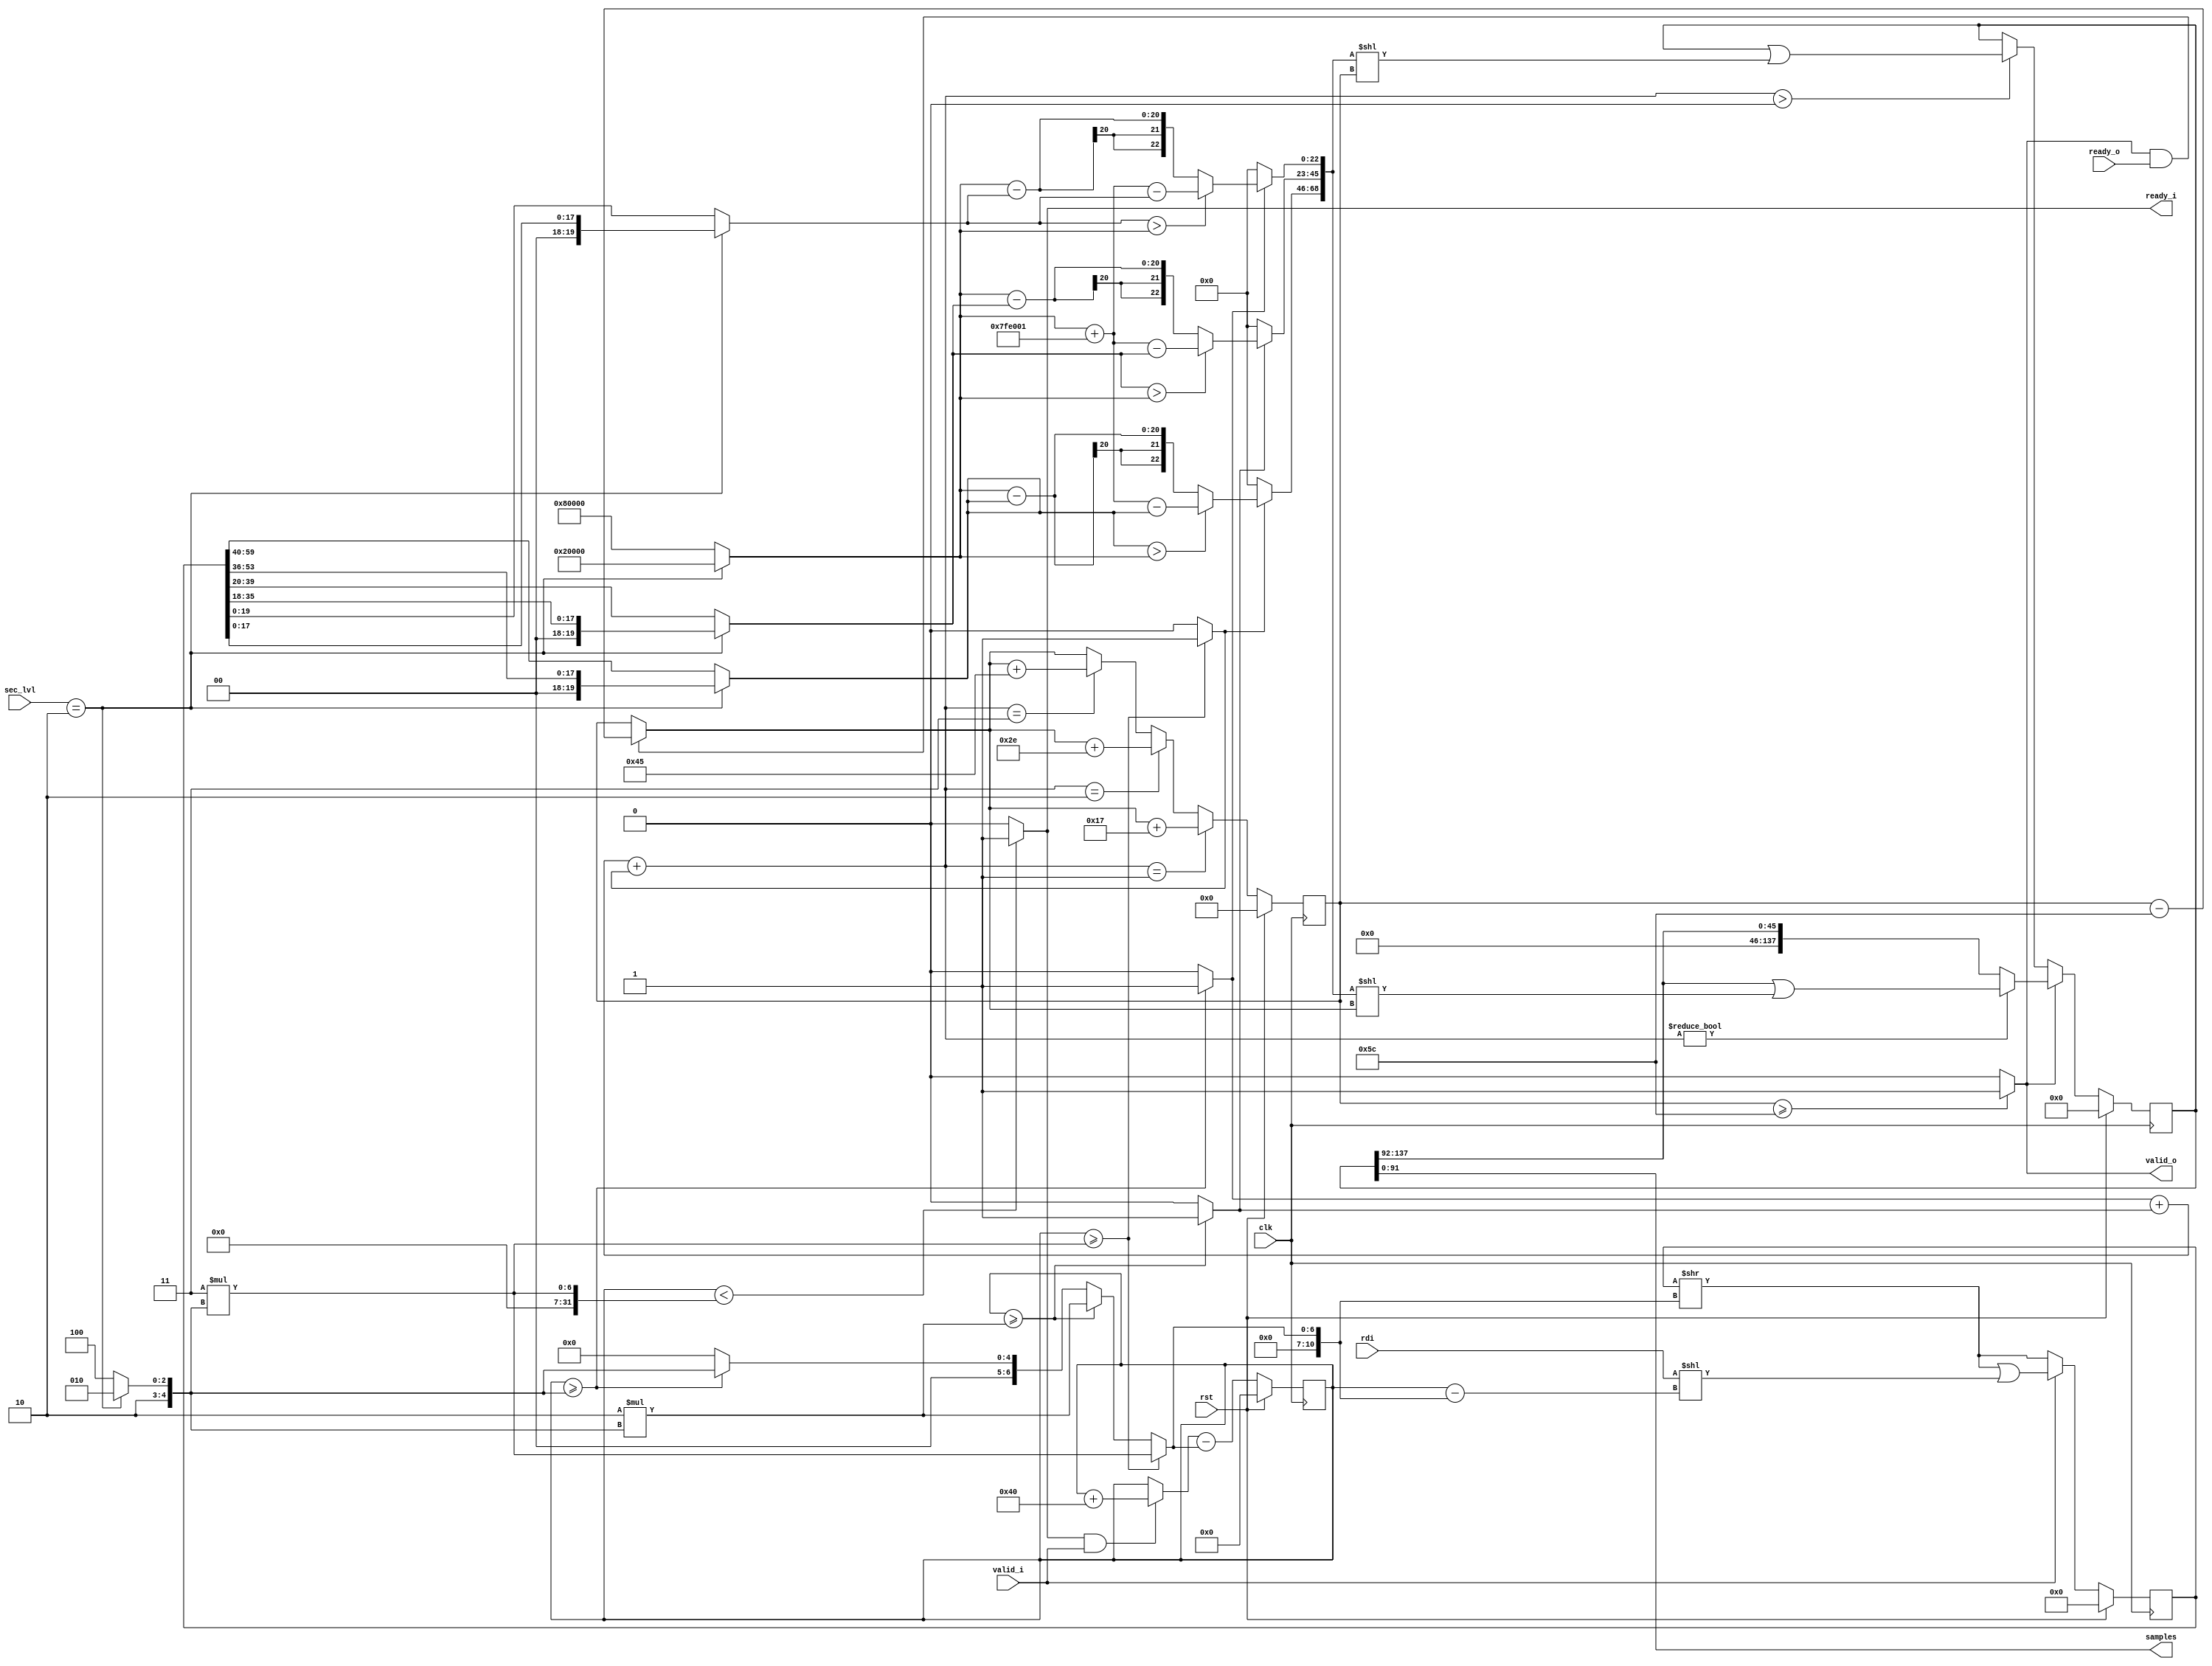
/*
 * From our research paper "High-Performance Hardware Implementation of CRYSTALS-Dilithium"
 * by Luke Beckwith, Duc Tri Nguyen, Kris Gaj
 * at George Mason University, USA
 * https://eprint.iacr.org/2021/1451.pdf
 * =============================================================================
 * Copyright (c) 2021 by Cryptographic Engineering Research Group (CERG)
 * ECE Department, George Mason University
 * Fairfax, VA, U.S.A.
 * Licensed under the Apache License, Version 2.0 (the "License");
 * you may not use this file except in compliance with the License.
 * You may obtain a copy of the License at
 *     http://www.apache.org/licenses/LICENSE-2.0
 * Unless required by applicable law or agreed to in writing, software
 * distributed under the License is distributed on an "AS IS" BASIS,
 * WITHOUT WARRANTIES OR CONDITIONS OF ANY KIND, either express or implied.
 * See the License for the specific language governing permissions and
 * limitations under the License.
 * =============================================================================
 * @author   Luke Beckwith <lbeckwit@gmu.edu>
 */


`timescale 1ns / 1ps


module rejection_y #(
    parameter W            = 64,
    parameter SAMPLE_W     = 23,
    parameter BUS_W        = 4
    )(
        input  rst,
        input  clk,
        input [2:0] sec_lvl,
        input  valid_i,
        output reg ready_i,
        input  [W-1:0] rdi,
        output reg [SAMPLE_W*BUS_W-1:0] samples = 0,
        output reg valid_o = 0,
        input  ready_o
    );
    
    wire [4:0] RDI_SAMPLE_W;
    assign RDI_SAMPLE_W = (sec_lvl == 2) ? 18 : 20;
    
    
    localparam
        DILITHIUM_Q = 23'd8380417,
        GAMMA2_LIMIT  = 20'd131072,
        GAMMA3_5_LIMIT   = 20'd524288;    
    
    wire [19:0] GAMMA_LIMIT;
    assign GAMMA_LIMIT = (sec_lvl == 2) ? GAMMA2_LIMIT : GAMMA3_5_LIMIT;
    
    reg [79:0]  SIPO_IN, SIPO_IN_SHIFT;
    reg [137:0] SIPO_OUT;
    reg [3*SAMPLE_W-1:0] sipo_out_in;
    
    reg [19:0] rej_lane0, rej_lane1, rej_lane2;
    
    reg [22:0] sample0, sample1, sample2;
    reg rej_lane0_valid, rej_lane1_valid, rej_lane2_valid;
    reg [1:0] num_valid;
    
    reg [6:0] sipo_in_len, sipo_in_len_next;
    reg [7:0] sipo_out_len, sipo_out_len_next;
    
    reg [10:0] SHIFT_IN_AMT;
    
    
    always @(*) begin
        ready_i = (sipo_in_len < 3*RDI_SAMPLE_W) ? 1 : 0;
        valid_o = (sipo_out_len >= SAMPLE_W*BUS_W) ? 1 : 0; 
    
        if (sec_lvl == 2) begin
            rej_lane0 = {2'd0, SIPO_IN[17:0]};
            rej_lane1 = {2'd0, SIPO_IN[35:18]};
            rej_lane2 = {2'd0, SIPO_IN[53:36]};
        end else begin
            rej_lane0 = {SIPO_IN[19:0]};
            rej_lane1 = {SIPO_IN[39:20]};
            rej_lane2 = {SIPO_IN[59:40]};
        end
        
        if (sipo_in_len >= 3*RDI_SAMPLE_W) begin
            SHIFT_IN_AMT = 3*RDI_SAMPLE_W;
        end else if (sipo_in_len >= 2*RDI_SAMPLE_W) begin
            SHIFT_IN_AMT = 2*RDI_SAMPLE_W;
        end else if (sipo_in_len >= RDI_SAMPLE_W) begin
            SHIFT_IN_AMT = RDI_SAMPLE_W;
        end else begin
            SHIFT_IN_AMT = 0;
        end
        
        
        sample0 = (rej_lane0 > GAMMA_LIMIT) ? GAMMA_LIMIT + DILITHIUM_Q - rej_lane0 : GAMMA_LIMIT - rej_lane0;
        sample1 = (rej_lane1 > GAMMA_LIMIT) ? GAMMA_LIMIT + DILITHIUM_Q - rej_lane1 : GAMMA_LIMIT - rej_lane1;
        sample2 = (rej_lane2 > GAMMA_LIMIT) ? GAMMA_LIMIT + DILITHIUM_Q - rej_lane2 : GAMMA_LIMIT - rej_lane2;
        
        
        rej_lane0_valid = (sipo_in_len >= RDI_SAMPLE_W) ? 1 : 0;
        rej_lane1_valid = (sipo_in_len >= 2*RDI_SAMPLE_W) ? 1 : 0;
        rej_lane2_valid = (sipo_in_len >= 3*RDI_SAMPLE_W) ? 1 : 0;
        num_valid       = rej_lane0_valid + rej_lane1_valid + rej_lane2_valid;
        
        if (rej_lane0_valid == 0)
            sample0 = 0;
        if (rej_lane1_valid == 0)
            sample1 = 0;
        if (rej_lane2_valid == 0)
            sample2 = 0;
        
        sipo_in_len_next  = (ready_i && valid_i) ? sipo_in_len + W : sipo_in_len;
        sipo_out_len_next = (valid_o && ready_o) ? sipo_out_len - SAMPLE_W*BUS_W: sipo_out_len;      
        
        SIPO_IN_SHIFT = (SIPO_IN >> SHIFT_IN_AMT);

        sipo_out_in = {sample2, sample1, sample0}; 
        samples = SIPO_OUT[SAMPLE_W*BUS_W-1:0];
    end
    
    initial begin
        SIPO_IN  = 0;
        SIPO_OUT = 0;
    
        sipo_in_len  = 0;
        sipo_out_len = 0;
    end
    
    always @(posedge clk) begin
            
        sipo_in_len <= sipo_in_len_next - SHIFT_IN_AMT;
        if (valid_i) begin
            SIPO_IN <= SIPO_IN_SHIFT | (rdi << sipo_in_len - SHIFT_IN_AMT);
        end else begin
            SIPO_IN <= SIPO_IN_SHIFT;
        end
        
        if (num_valid == 1) begin
            sipo_out_len <= sipo_out_len_next + SAMPLE_W;
        end else if (num_valid == 2) begin
            sipo_out_len <= sipo_out_len_next + 2*SAMPLE_W;
        end else if (num_valid == 3) begin
            sipo_out_len <= sipo_out_len_next + 3*SAMPLE_W;
        end else begin
            sipo_out_len <= sipo_out_len_next;
        end
        
        if (valid_o) begin   
            if (num_valid != 0) begin
                SIPO_OUT <= (SIPO_OUT >> SAMPLE_W*BUS_W) | sipo_out_in << sipo_out_len_next;
            end else begin
                SIPO_OUT <= SIPO_OUT >> SAMPLE_W*BUS_W;
            end
        end else if (num_valid >0) begin
            SIPO_OUT <= SIPO_OUT | sipo_out_in << sipo_out_len;
        end
        
        if (rst) begin
            SIPO_IN  <= 0;
            SIPO_OUT <= 0;
        
            sipo_in_len  <= 0;
            sipo_out_len <= 0;         
        end   
    end
    
endmodule